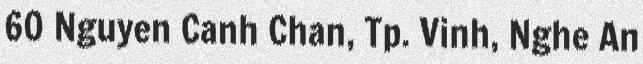
60 Nguyen Canh Chan, Tp. Vinh, Nghe An